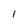
Character: l